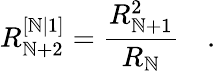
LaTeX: R_{\mathbb{N}+2}^{[\mathbb{N}\vert1]}=\frac{{R_{\mathbb{N}+1}^{2}}}{{R_{\mathbb{N}}}}\quad.